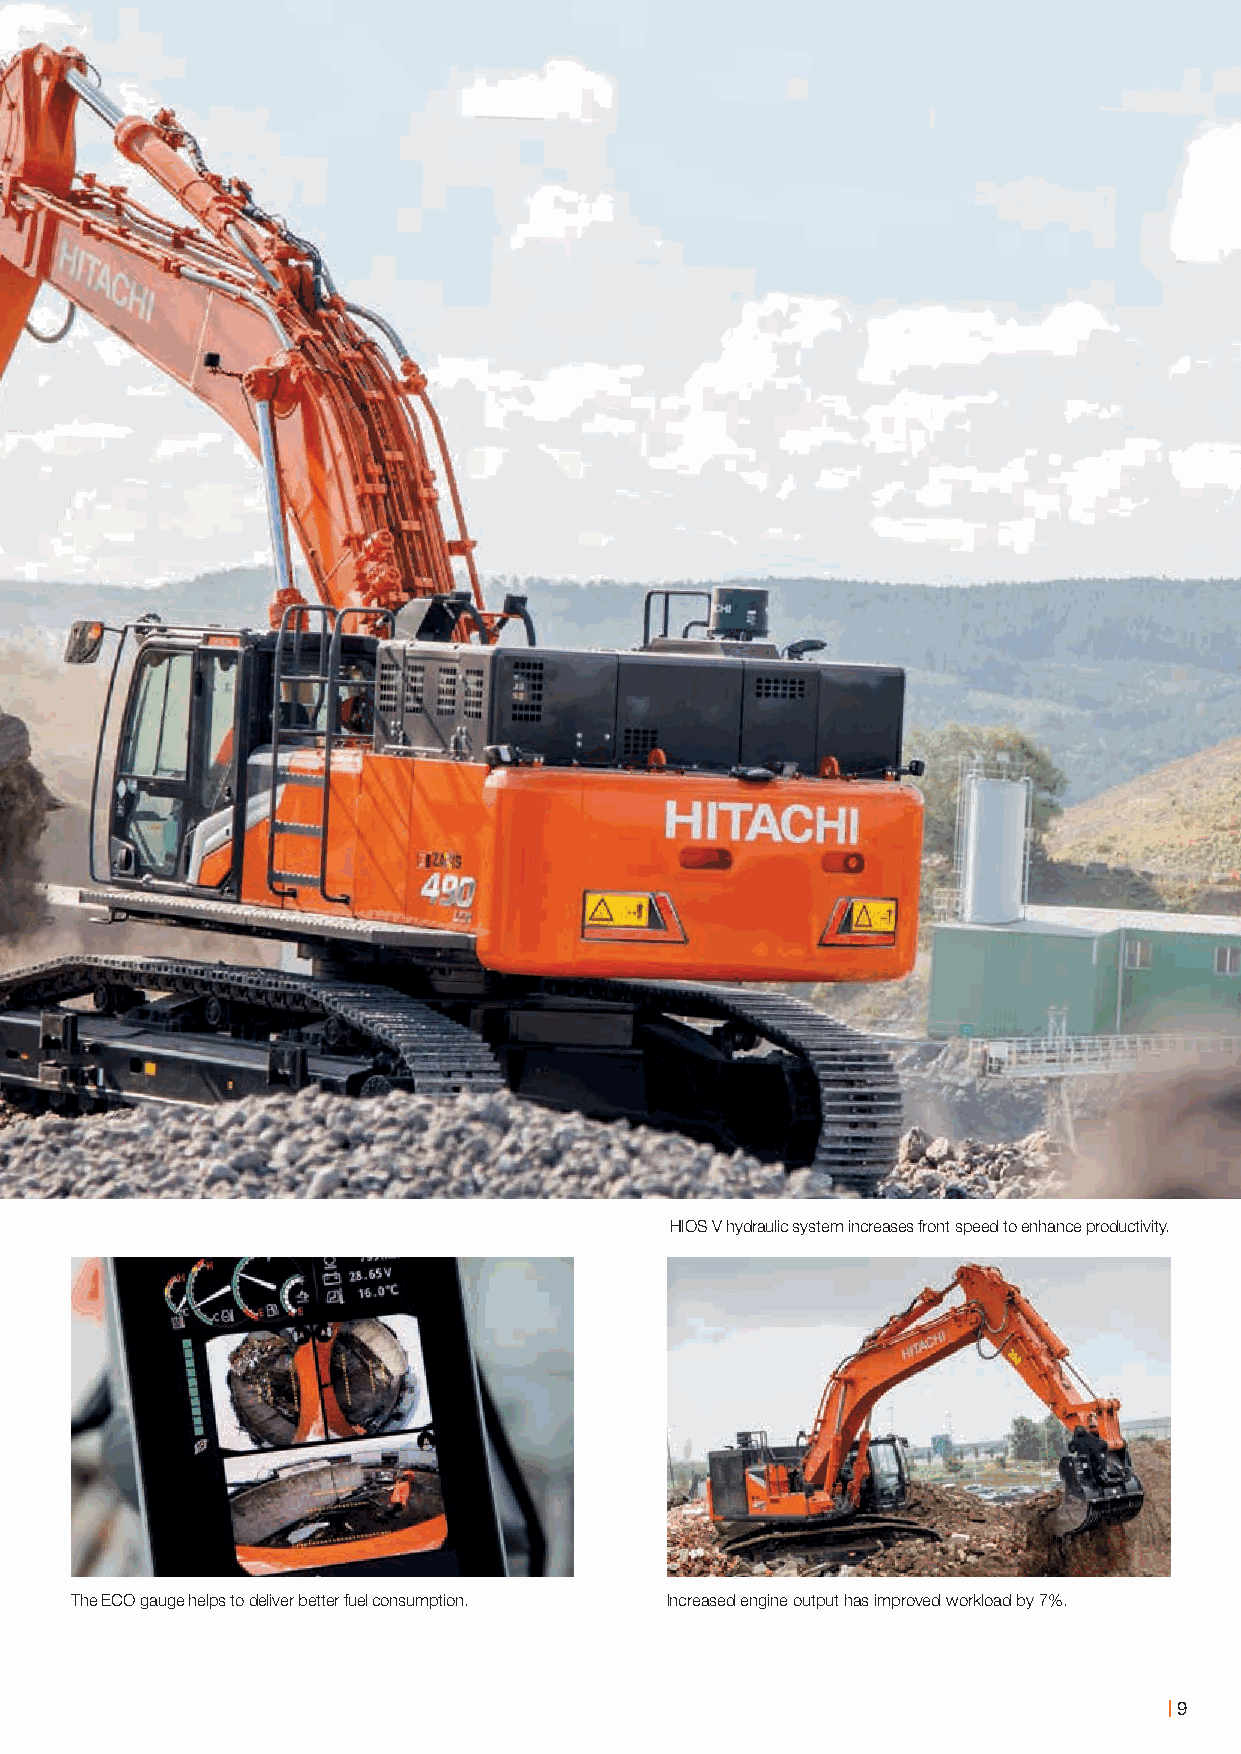
HIOS V hydraulic system increases front speed to enhance productivity.
 The ECO gauge helps to deliver better fuel consumption. Increased engine output has improved workload by 7%.
 9